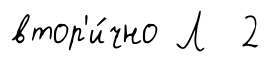
втор'и́чно Л 2